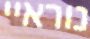
נוראיי